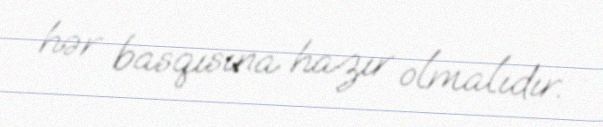
hər basqısına hazır olmalıdır.